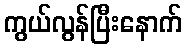
ကွယ်လွန်ပြီးနောက်